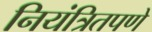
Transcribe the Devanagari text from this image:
नियंत्रितपणे